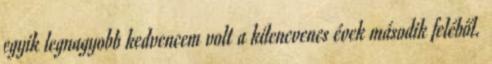
egyik legnagyobb kedvencem volt a kilencvenes évek második feléből.